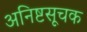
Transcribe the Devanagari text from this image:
अनिष्टसूचक